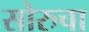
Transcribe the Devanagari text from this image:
सोरुचा